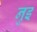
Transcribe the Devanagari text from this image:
नुइ